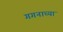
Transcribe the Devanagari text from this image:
गगनाच्या